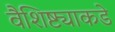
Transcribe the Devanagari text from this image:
वैशिष्ट्याकडे